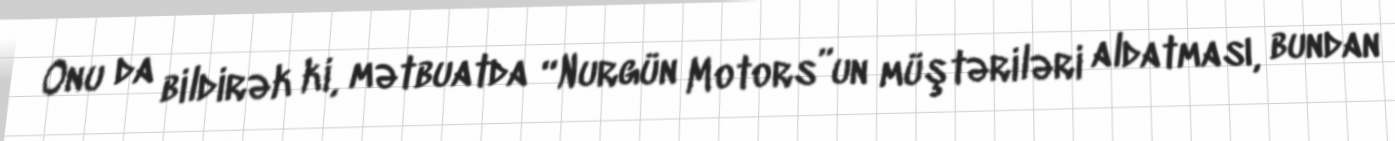
Onu da bildirək ki, mətbuatda “Nurgün Motors”un müştəriləri aldatması, bundan